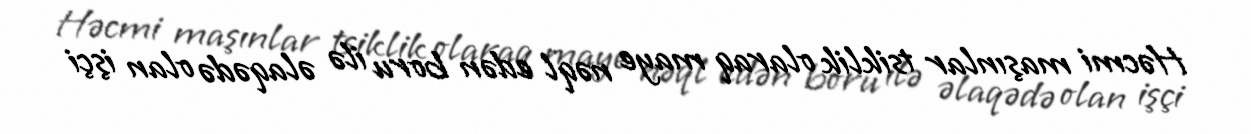
Həcmi maşınlar tsiklik olaraq maye nəql edən boru ilə əlaqədə olan işçi